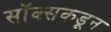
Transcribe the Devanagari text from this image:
सॉक्सकडून